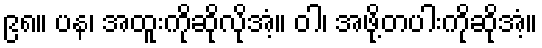
၉၈။ ပန၊ အထူးကိုဆိုလိုအံ့။ ဝါ၊ အဖို့တပါးကိုဆိုအံ့။